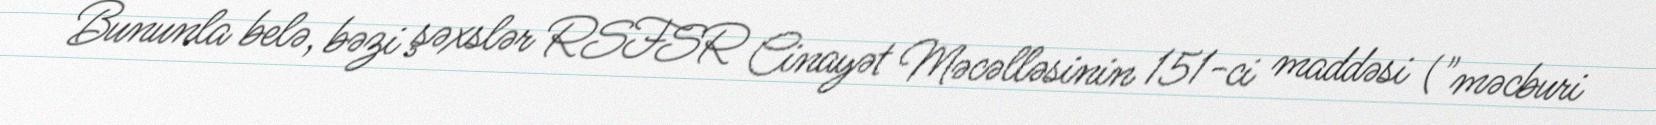
Bununla belə, bəzi şəxslər RSFSR Cinayət Məcəlləsinin 151-ci maddəsi ("məcburi